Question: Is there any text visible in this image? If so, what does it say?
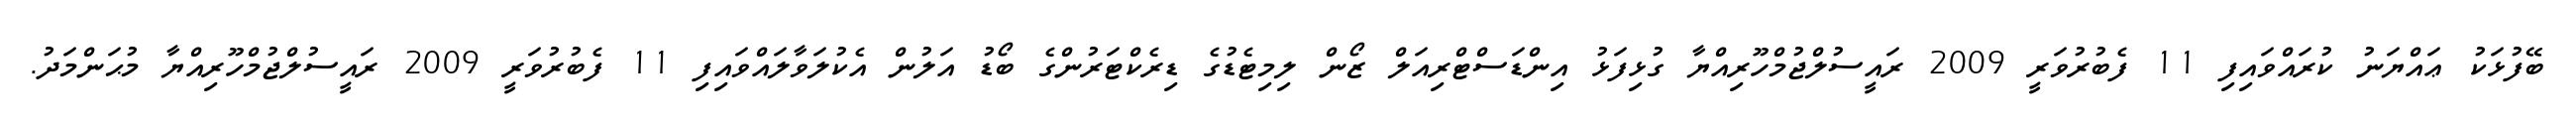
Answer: ބޭފުޅަކު ޢައްޔަނު ކުރައްވައިފި 11 ފެބުރުވަރީ 2009 ރައީސުލްޖުމްހޫރިއްޔާ ގުޅިފަޅު އިންޑަސްޓްރިއަލް ޒޯން ލިމިޓެޑުގެ ޑިރެކްޓަރުންގެ ބޯޑު އަލުން އެކުލަވާލައްވައިފި 11 ފެބުރުވަރީ 2009 ރައީސުލްޖުމްހޫރިއްޔާ މުޙަންމަދު.